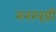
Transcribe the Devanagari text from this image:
ननखड़ी